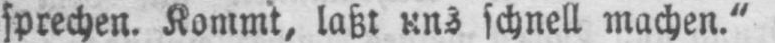
sprechen. Kommt, laßt uns schnell machen.“